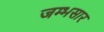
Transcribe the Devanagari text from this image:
जम्भसार